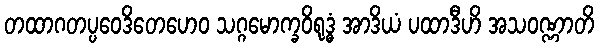
တထာဂတပ္ပဝေဒိတေဟေဝ သဂ္ဂမောက္ခဝိရုဒ္ဓံ အာဒိယံ ပထာဒီဟိ အသဝဏ္ဏာတိ